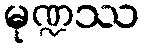
မုဏ္ဍဿ